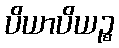
ပိယာပိယဉ္စ